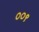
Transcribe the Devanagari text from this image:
००९